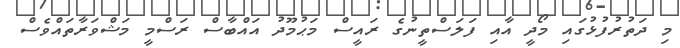
މި ދަތުރުފުޅުގައި މޯދީ އާއި ފަލަސްތީނުގެ ރައީސް މަޙުމޫދު އައްބާސް ރަސްމީ މަޝްވަރާތައްވެސް